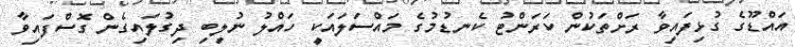
އައްޑޫގެ ގުޅިފައިވާ ރަށްތަކުން ކަރަންޓު ކެނޑުމުގެ މައްސަލައަކީ ހައްލު ނުލިބި ދިގުލައިގެން ގޮސްފައިވާ